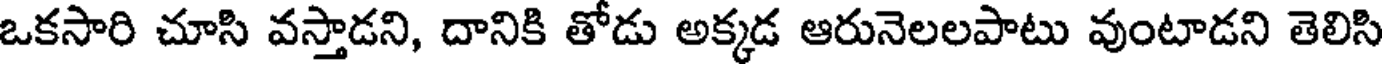
ఒకసారి చూసి వస్తాడని, దానికి తోడు అక్కడ ఆరునెలలపాటు వుంటాడని తెలిసి